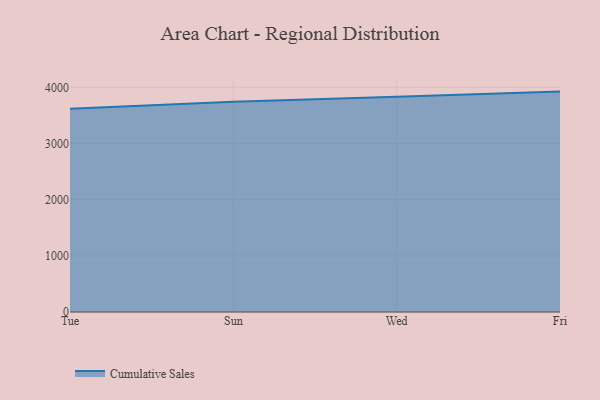
{"axis": {"x": "Day", "y": "Population (Million)"}, "legend": ["Cumulative Sales"], "data": [{"x": "Tue", "y": 3617.1, "type": "Cumulative Sales"}, {"x": "Sun", "y": 3745.7, "type": "Cumulative Sales"}, {"x": "Wed", "y": 3832.0, "type": "Cumulative Sales"}, {"x": "Fri", "y": 3924.2, "type": "Cumulative Sales"}]}